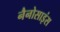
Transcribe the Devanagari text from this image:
नैनोसाइंस